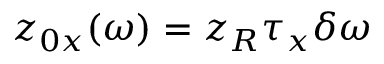
z _ { 0 x } ( \omega ) = z _ { R } \tau _ { x } \delta \omega